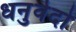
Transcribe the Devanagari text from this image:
धनुर्वेदो